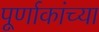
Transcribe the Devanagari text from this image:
पूर्णाकांच्या